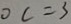
0 c = 3